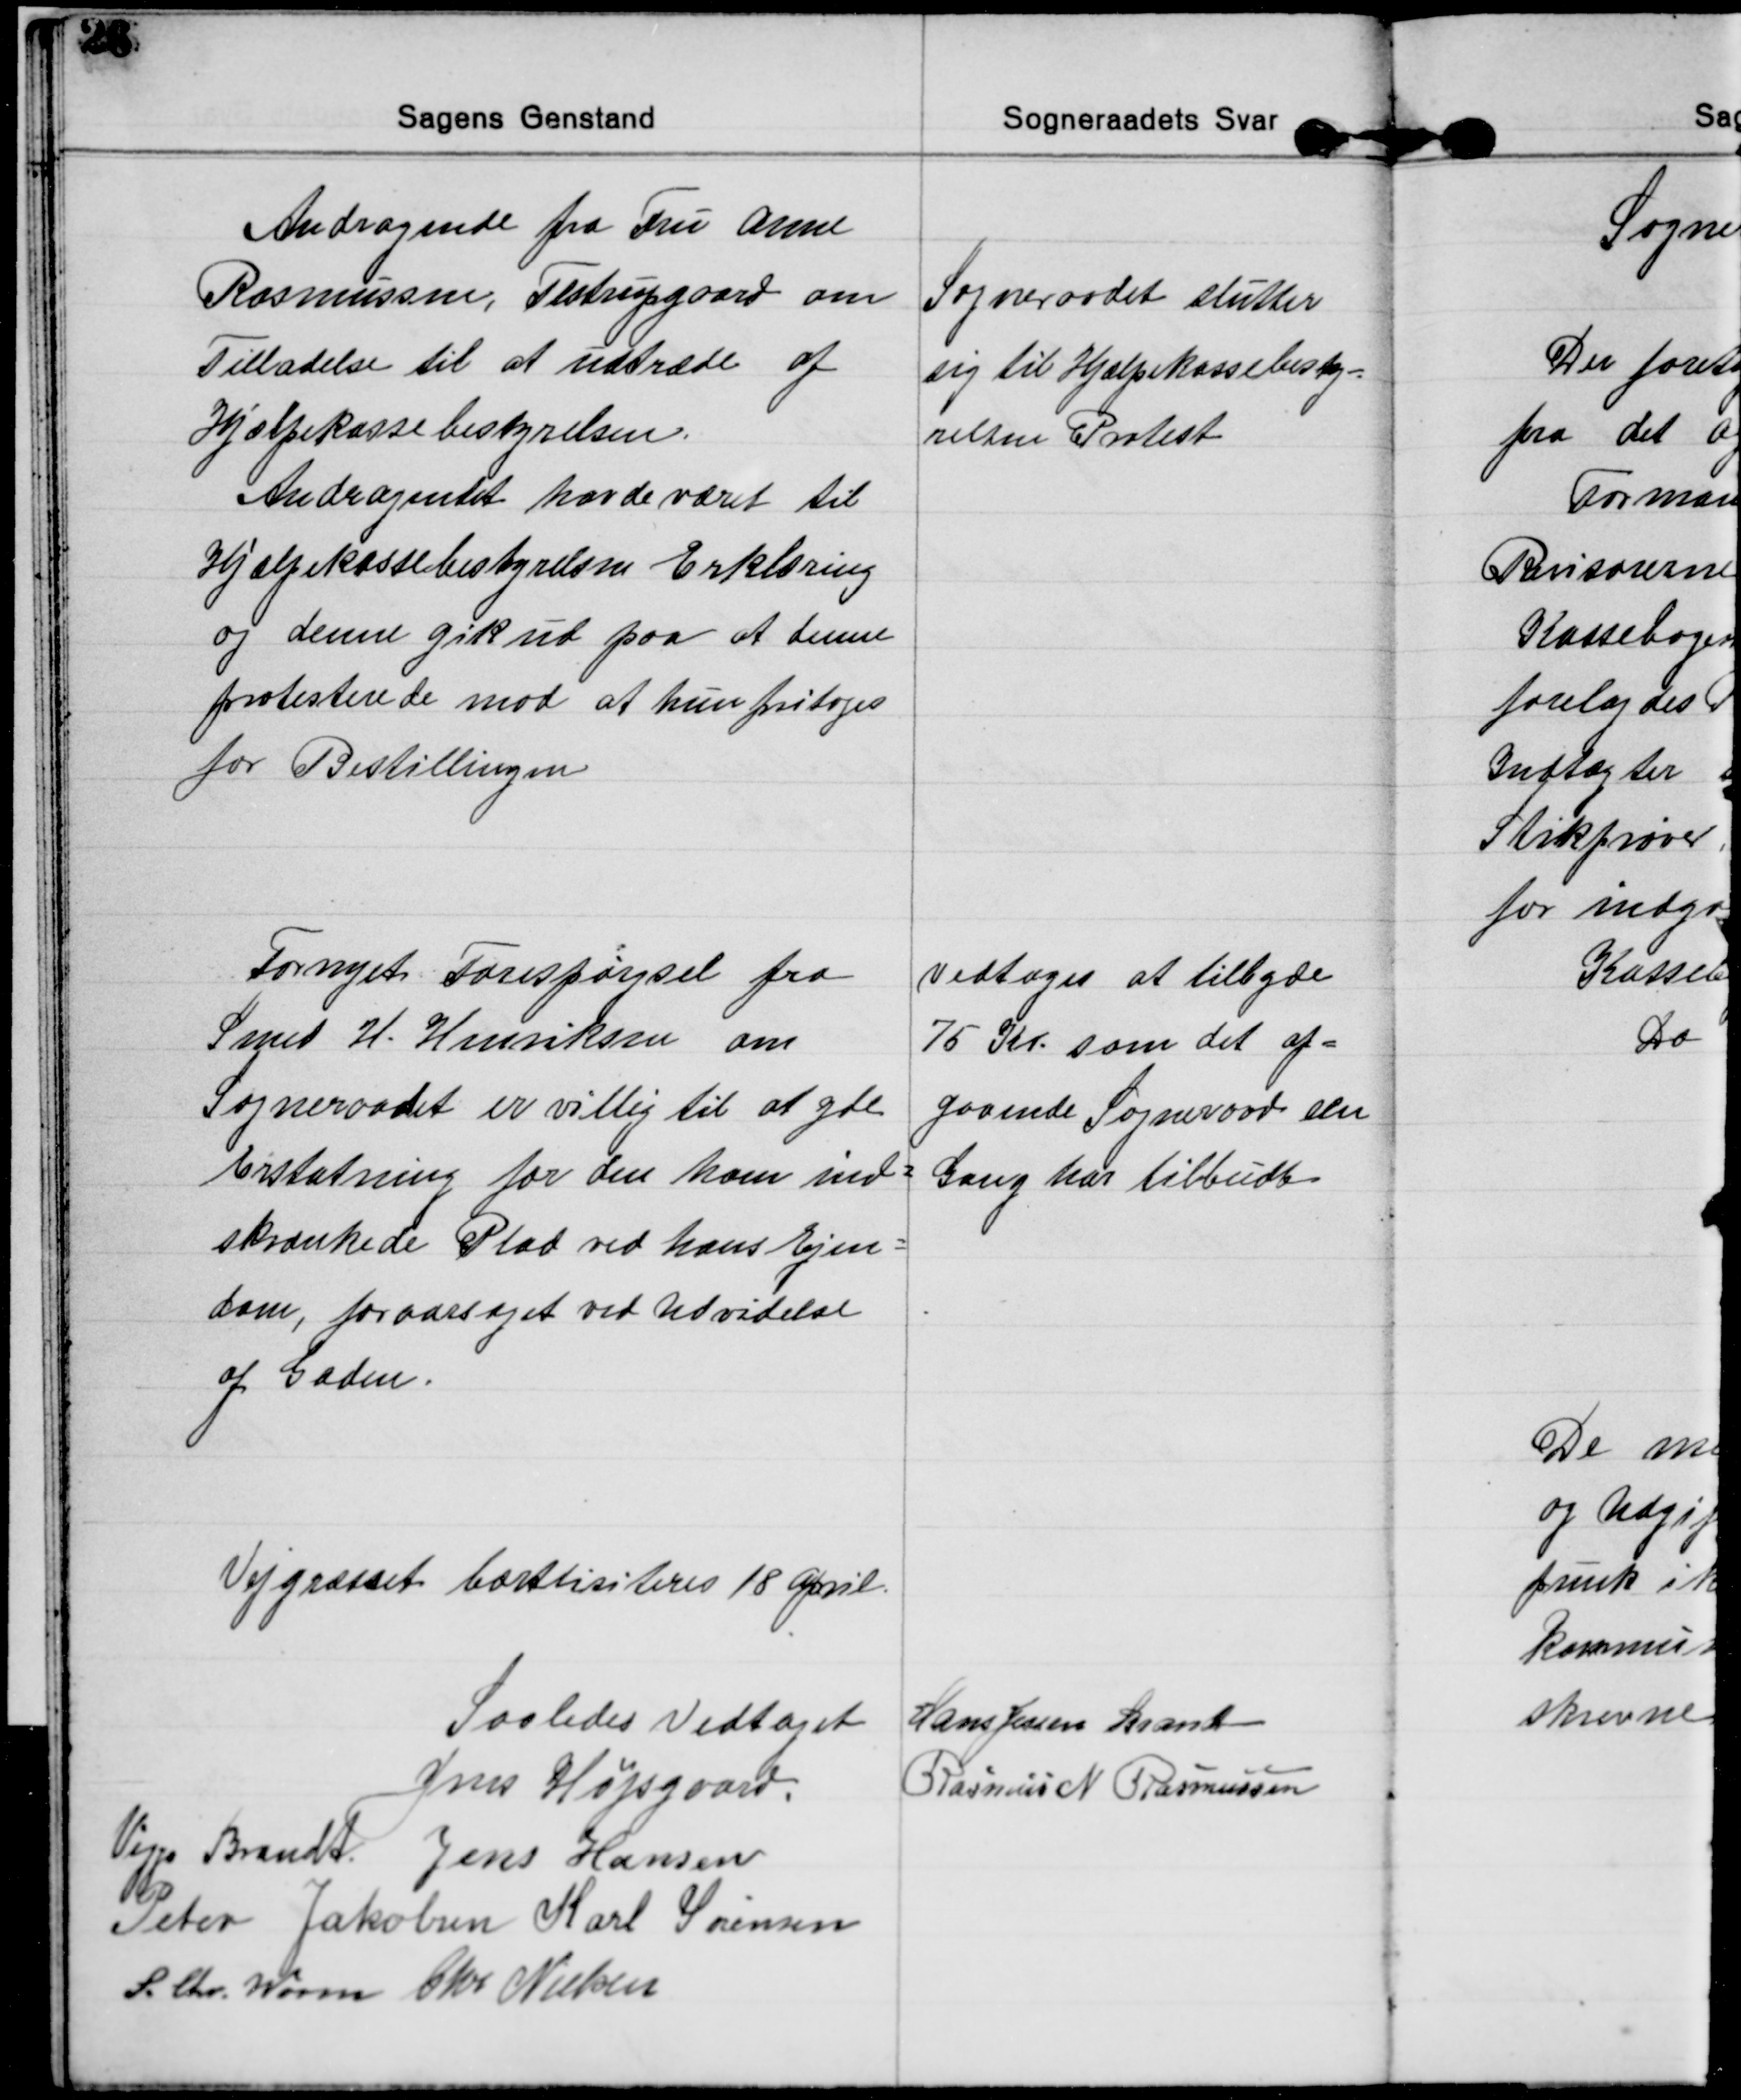
Transskription:
Andragende fra Fru Anne
Rasmussen, Testrupgaard om
Tilladelse til at udtræde af
Hjælpekassebestyrelsen.
Andragendet havde været til
Hjælpekassebestyrelsen Erklæring
og denne gik ud paa at denne
protesterede mod at hun fritoges
for Bestillingen
Sogneraadet slutter
sig til Hjælpekassebesty=
relsen Protest

Fornyet Forespørgsel fra
Smed H. Henriksen om
Sogneraadet er villig til at yde
Erstatning for den ham ind=
skrænkede Plad ved hans Ejen=
dom, foraarsaget ved Udvidelse
af Gaden.
Vedtoges at tilbyde
75 Kr. som det af=
gaaende Sogneraad den
Gang har tilbudt

Vejgræsset bortlisiteres 18 April.

Saaledes Vedtaget Hans Jessen Brandt
Jens Højsgaard. Rasmus N. Rasmussen
Viggo Brandt Jens Hansen
Peter Jakobsen Karl Sørensen
S. Chr. Worm Chr Nielsen